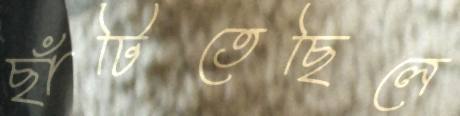
ছাঁটিতেছিলে